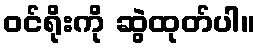
ဝင်ရိုးကို ဆွဲထုတ်ပါ။